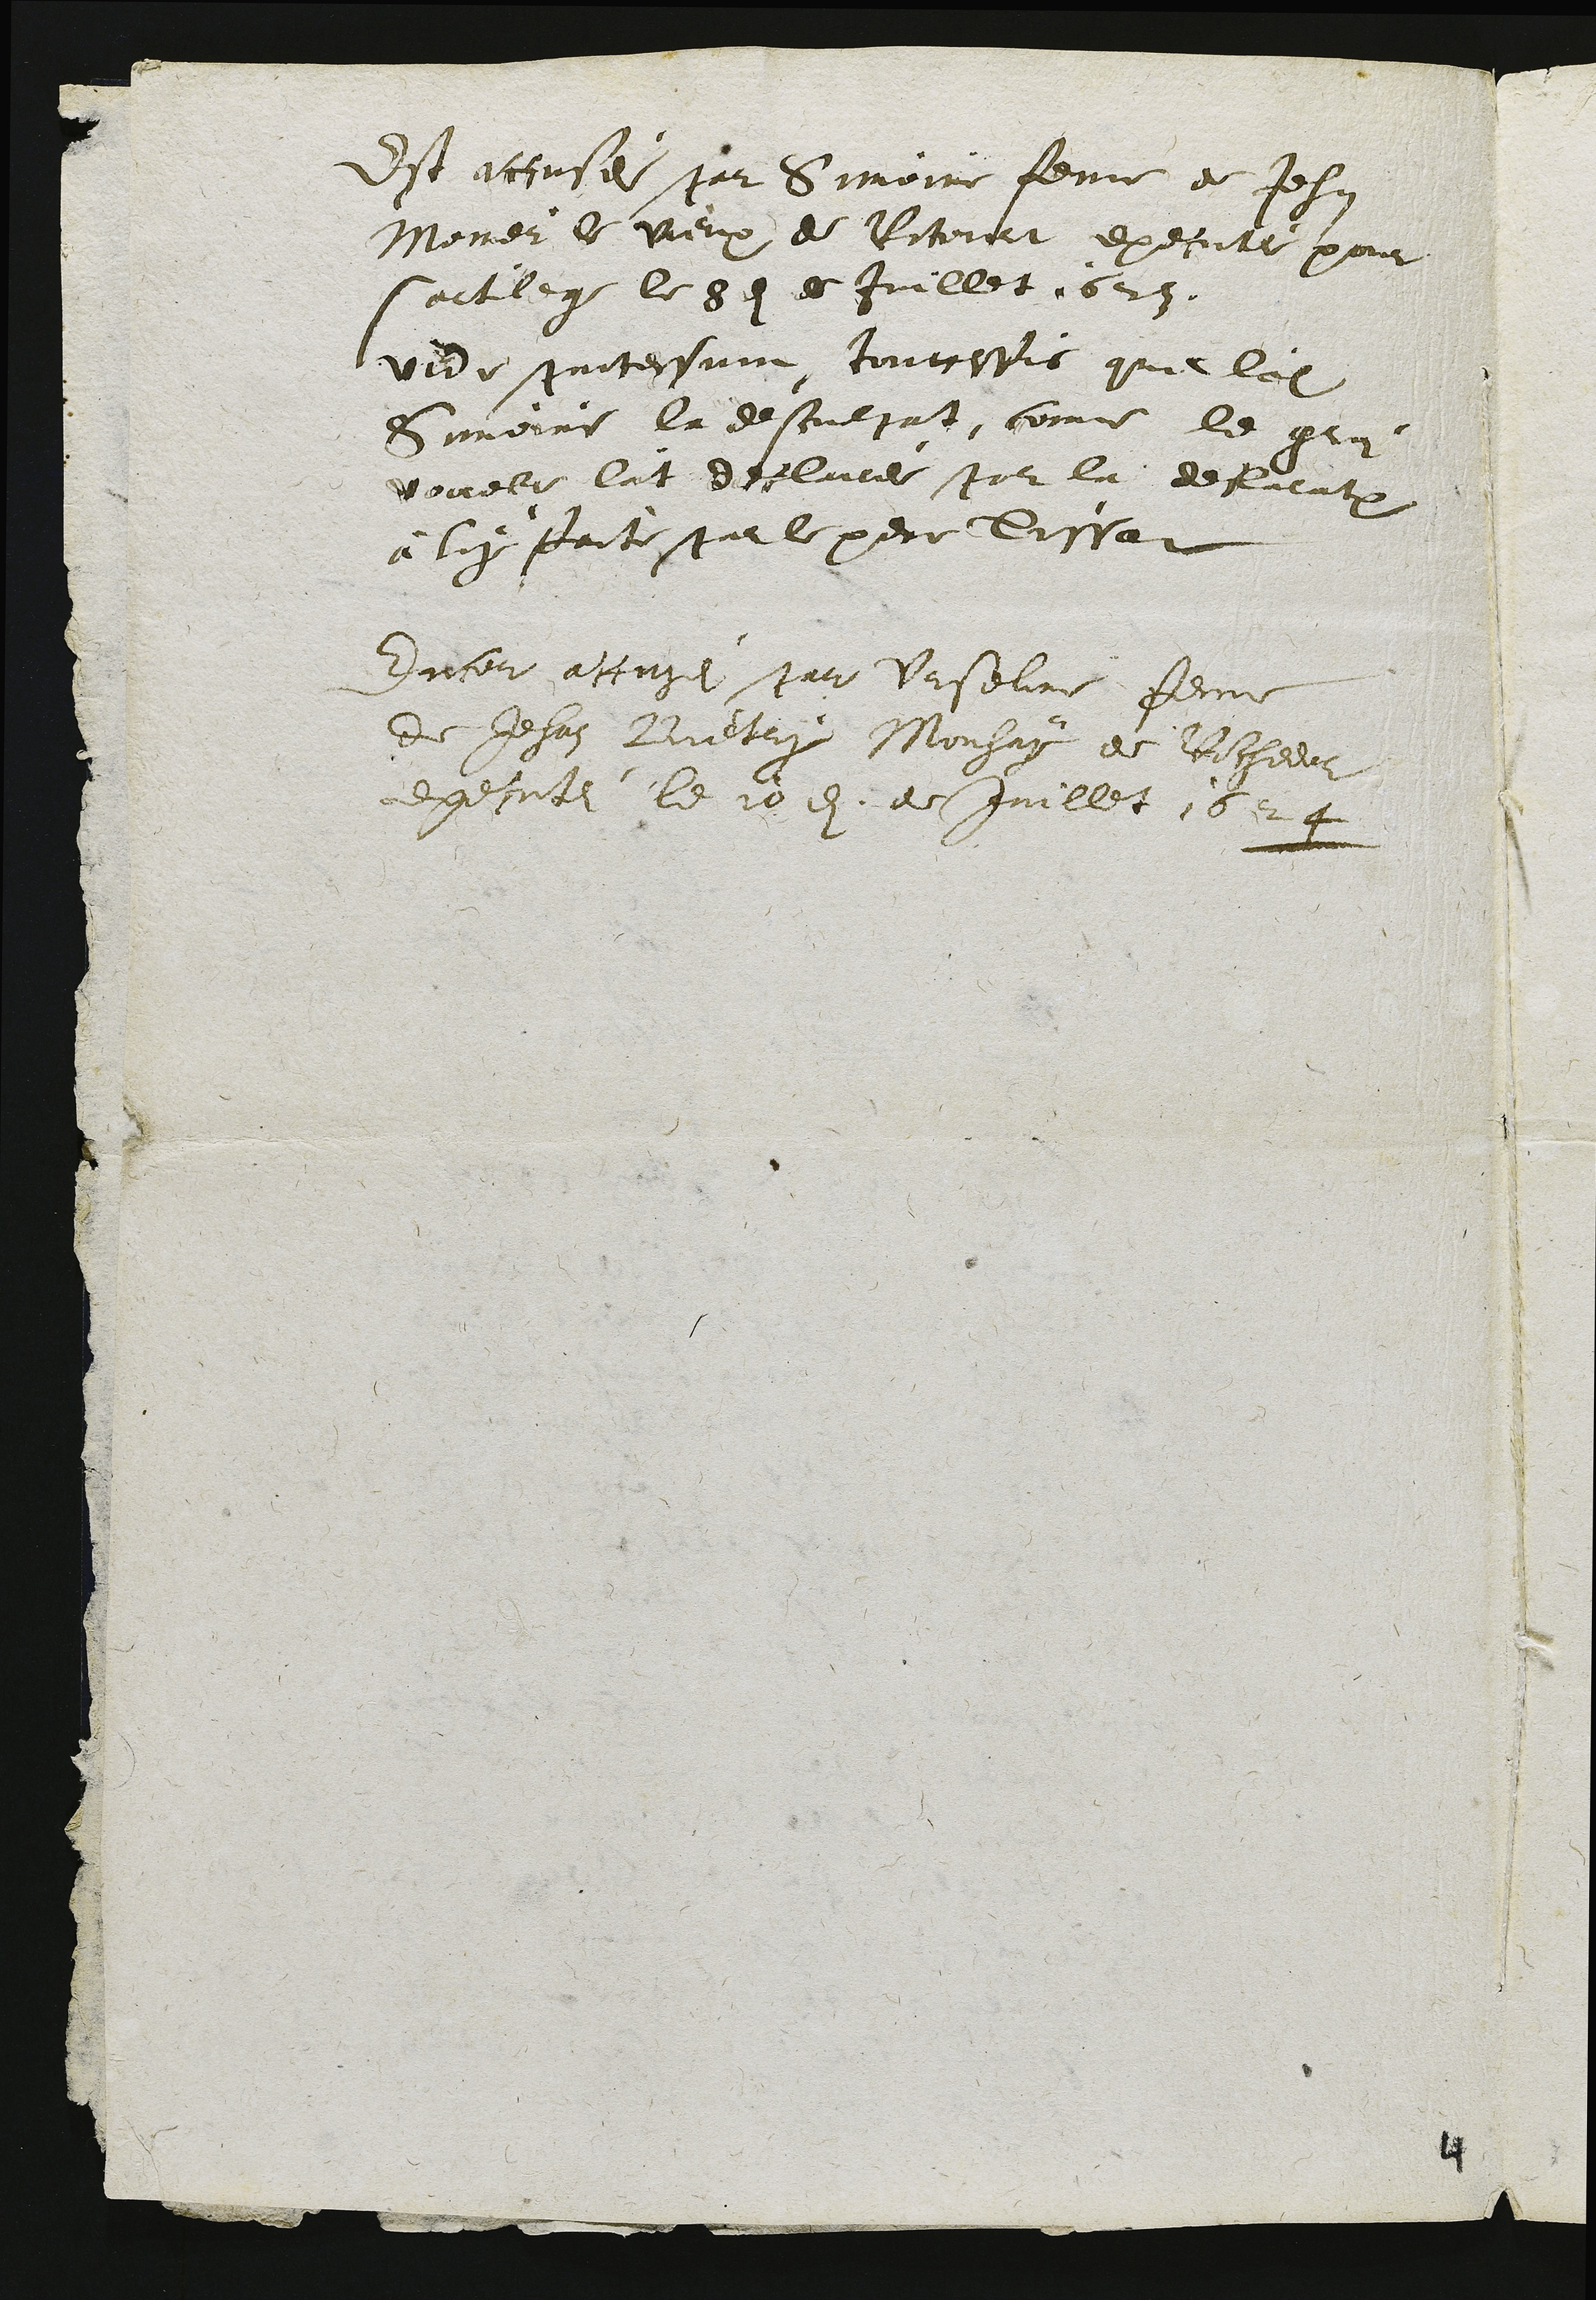
Est accusei par Simoine feme de Jehan
Monier le vieux de Ritourt execute pour
saitlege le Sen ds Juillet 623.
uede pontesume toutcefis quel ladit
Simeire la desouepat, come le groi
dovele lat deslure par la defrentron
à luy faite parle pere Dissat
Enceu atusei par Vaseline feme
de Jehan Bietry Mouhay de Rochedos
executei le 10et de Juillet 1624

4